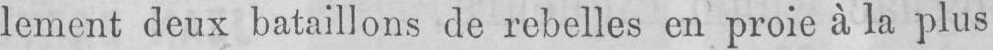
lement deux bataillons de rebelles en proie à la plus